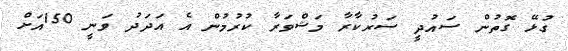
ގުޅޭ ގޮތުން ސައުދީ ސަރުކާރާ މަޝްވަރާ ކުރުމުން އެ އަދަދު ވަނީ 150އަށް